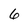
Character: 6